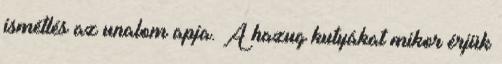
ismétlés az unalom apja. A hazug kutyákat mikor érjük